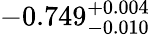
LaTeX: -0.749_{-0.010}^{+0.004}